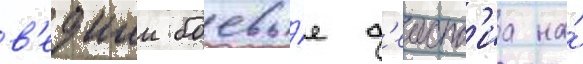
в'едшеи боевы́е д'еиств'иа на́